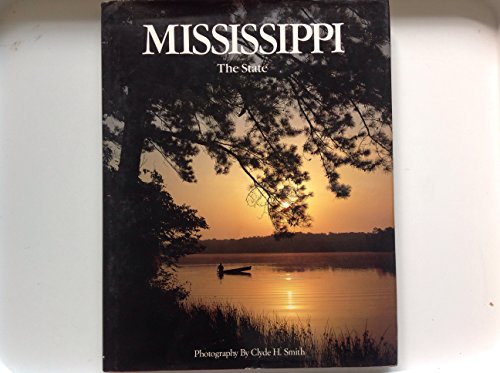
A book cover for Mississippi, the State; Clyde H. Smith; Travel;